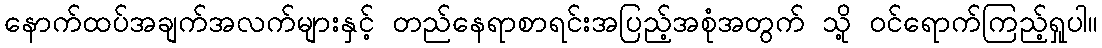
နောက်ထပ်အချက်အလက်များနှင့် တည်နေရာစာရင်းအပြည့်အစုံအတွက် သို့ ဝင်ရောက်ကြည့်ရှုပါ။